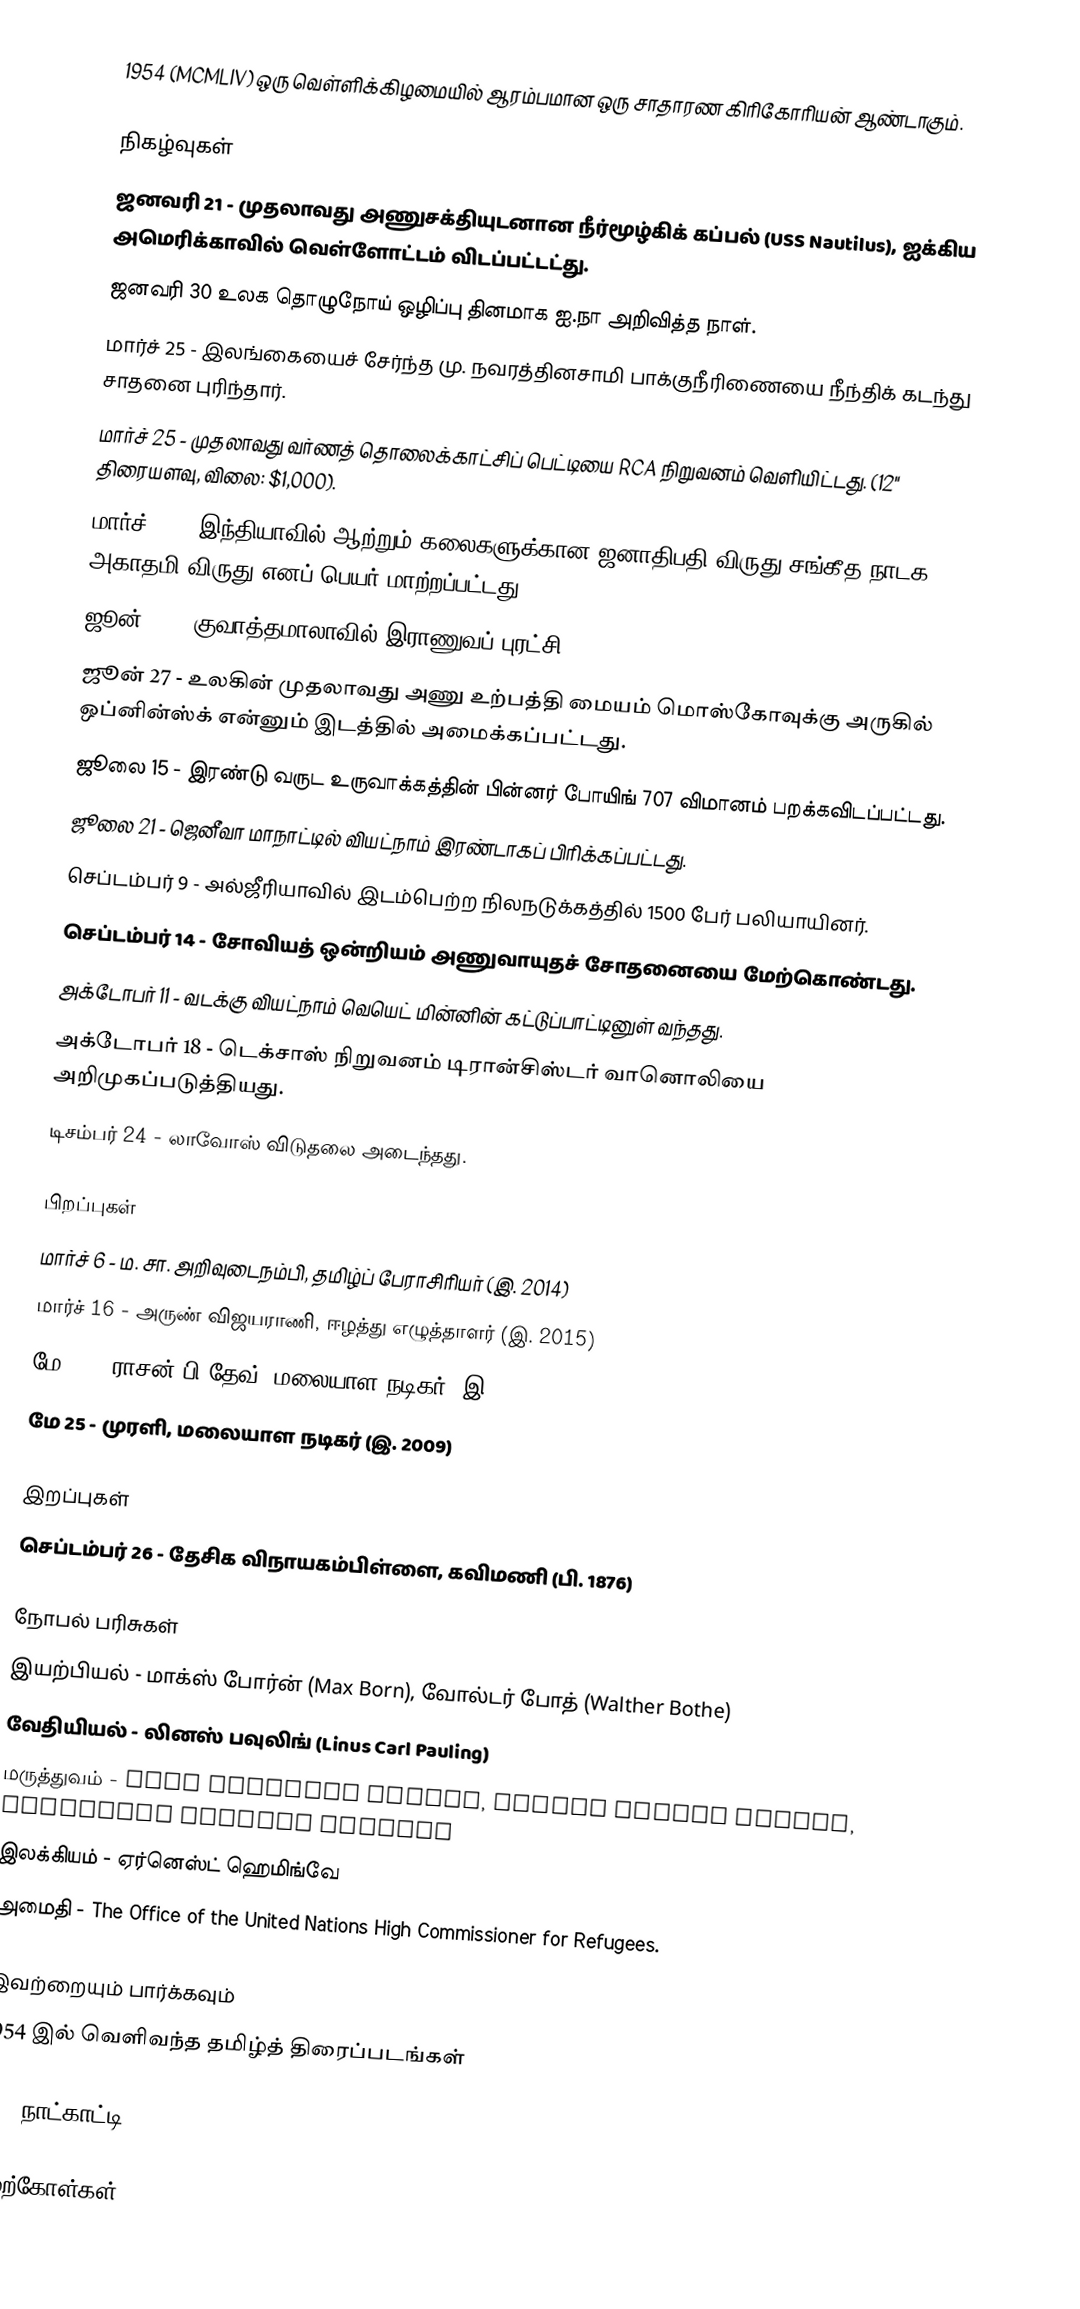
1954  (MCMLIV) ஒரு வெள்ளிக்கிழமையில் ஆரம்பமான ஒரு சாதாரண கிரிகோரியன் ஆண்டாகும்.

நிகழ்வுகள்
 ஜனவரி 21 - முதலாவது அணுசக்தியுடனான நீர்மூழ்கிக் கப்பல் (USS Nautilus), ஐக்கிய அமெரிக்காவில் வெள்ளோட்டம் விடப்பட்டட்து.
 ஜனவரி 30 உலக தொழுநோய் ஒழிப்பு தினமாக ஐ.நா அறிவித்த நாள்.
 மார்ச் 25 - இலங்கையைச் சேர்ந்த மு. நவரத்தினசாமி பாக்குநீரிணையை நீந்திக் கடந்து சாதனை புரிந்தார்.
 மார்ச் 25 - முதலாவது வர்ணத் தொலைக்காட்சிப் பெட்டியை RCA நிறுவனம் வெளியிட்டது. (12" திரையளவு, விலை: $1,000).
 மார்ச் 31 - இந்தியாவில் ஆற்றும் கலைகளுக்கான ஜனாதிபதி விருது சங்கீத நாடக அகாதமி விருது எனப் பெயர் மாற்றப்பட்டது.
 ஜூன் 17 - குவாத்தமாலாவில் இராணுவப் புரட்சி.
 ஜூன் 27 - உலகின் முதலாவது அணு உற்பத்தி மையம் மொஸ்கோவுக்கு அருகில் ஒப்னின்ஸ்க் என்னும் இடத்தில் அமைக்கப்பட்டது.
 ஜூலை 15 - இரண்டு வருட உருவாக்கத்தின் பின்னர் போயிங் 707 விமானம் பறக்கவிடப்பட்டது.
 ஜூலை 21 - ஜெனீவா மாநாட்டில் வியட்நாம் இரண்டாகப் பிரிக்கப்பட்டது.
 செப்டம்பர் 9 - அல்ஜீரியாவில் இடம்பெற்ற நிலநடுக்கத்தில் 1500 பேர் பலியாயினர்.
 செப்டம்பர் 14 - சோவியத் ஒன்றியம் அணுவாயுதச் சோதனையை மேற்கொண்டது.
 அக்டோபர் 11 - வடக்கு வியட்நாம் வெயெட் மின்னின் கட்டுப்பாட்டினுள் வந்தது.
 அக்டோபர் 18 - டெக்சாஸ் நிறுவனம் டிரான்சிஸ்டர் வானொலியை அறிமுகப்படுத்தியது.
 டிசம்பர் 24 - லாவோஸ் விடுதலை அடைந்தது.

பிறப்புகள்
 மார்ச் 6 - ம. சா. அறிவுடைநம்பி, தமிழ்ப் பேராசிரியர் (இ. 2014)
 மார்ச் 16 - அருண் விஜயராணி, ஈழத்து எழுத்தாளர் (இ. 2015)
 மே 20 - ராசன் பி.தேவ், மலையாள நடிகர் (இ 2009)
 மே 25 - முரளி, மலையாள நடிகர் (இ. 2009)

இறப்புகள்
 செப்டம்பர் 26 - தேசிக விநாயகம்பிள்ளை, கவிமணி (பி. 1876)

நோபல் பரிசுகள்
 இயற்பியல் - மாக்ஸ் போர்ன் (Max Born), வோல்டர் போத் (Walther Bothe)
 வேதியியல் - லினஸ் பவுலிங் (Linus Carl Pauling)
 மருத்துவம் - John Franklin Enders, Thomas Huckle Weller, Frederick Chapman Robbins
 இலக்கியம் - ஏர்னெஸ்ட் ஹெமிங்வே
 அமைதி - The Office of the United Nations High Commissioner for Refugees.

இவற்றையும் பார்க்கவும்
 1954 இல் வெளிவந்த தமிழ்த் திரைப்படங்கள்

1954 நாட்காட்டி

மேற்கோள்கள்